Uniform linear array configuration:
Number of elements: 4
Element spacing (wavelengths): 0.25
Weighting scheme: blackman
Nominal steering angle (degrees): -45
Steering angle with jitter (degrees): -44.086
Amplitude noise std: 0.05
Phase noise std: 0.05

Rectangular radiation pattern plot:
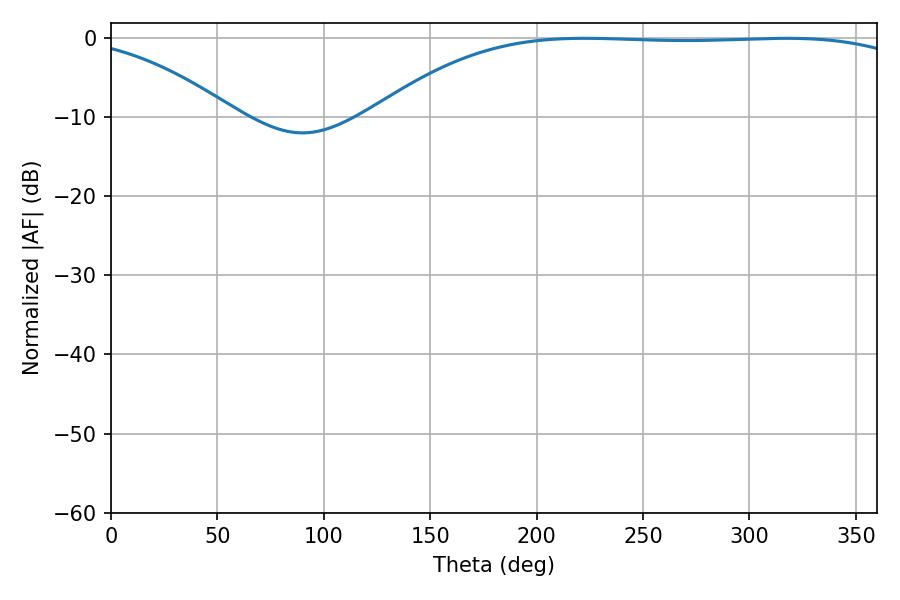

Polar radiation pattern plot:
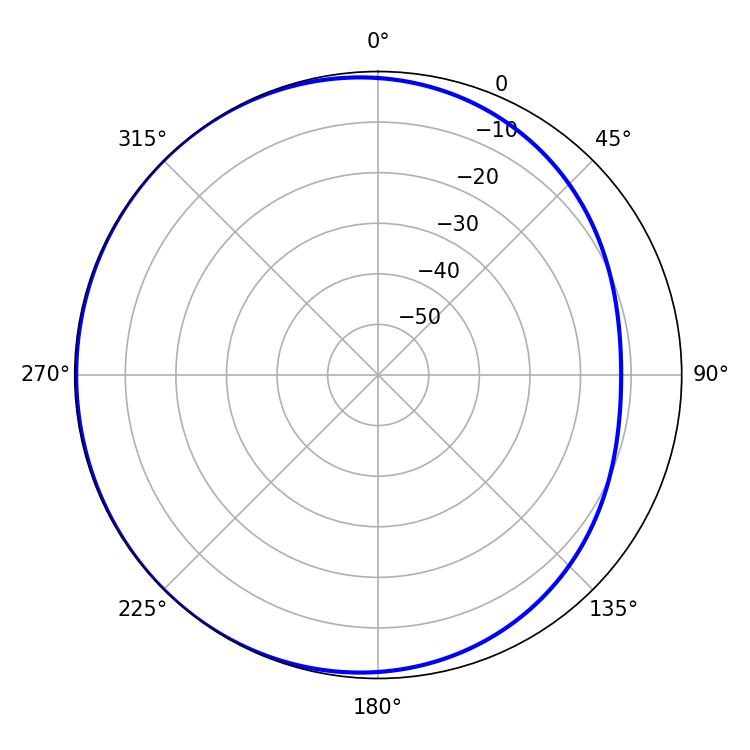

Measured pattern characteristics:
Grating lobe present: FALSE
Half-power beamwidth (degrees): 198.72
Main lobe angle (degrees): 222.66